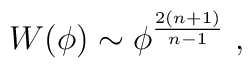
W(\phi) \sim \phi^{\frac{2(n+1)}{n-1}}  ~,